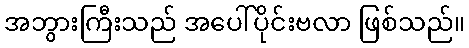
အဘွားကြီးသည် အပေါ်ပိုင်းဗလာ ဖြစ်သည်။